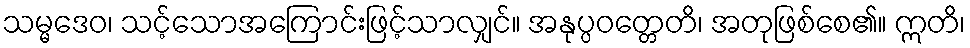
သမ္မဒေဝ၊ သင့်သောအကြောင်းဖြင့်သာလျှင်။ အနုပ္ပဝတ္တေတိ၊ အတုဖြစ်စေ၏။ ဣတိ၊